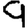
Digit: 9